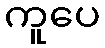
ကူပေ